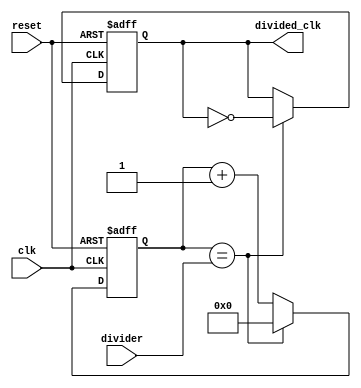
module RippleCounterClockDivider (
    input wire clk,             // Input clock signal
    input wire reset,           // Reset signal
    input wire [3:0] divider,   // Control signals for specifying division factor
    output reg divided_clk      // Divided clock output signal
);

reg [3:0] count;                // Counter for tracking the division factor

always @(posedge clk or posedge reset) begin
    if (reset) begin
        count <= 4'b0000;      // Reset the counter
        divided_clk <= 1'b0;   // Ensure output is low when reset
    end else begin
        if (count == divider) begin
            divided_clk <= ~divided_clk; // Toggle output to divide frequency
            count <= 4'b0000;             // Reset counter
        end else begin
            count <= count + 1; // Increment counter
        end
    end
end

endmodule